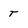
Character: T